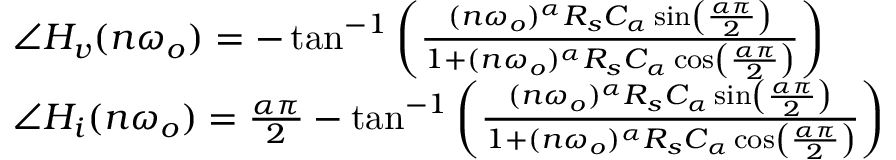
\begin{array} { r l } & { \angle H _ { v } ( n \omega _ { o } ) = - \tan ^ { - 1 } \left( \frac { ( n \omega _ { o } ) ^ { \alpha } R _ { s } C _ { \alpha } \sin \left( \frac { \alpha \pi } { 2 } \right) } { 1 + ( n \omega _ { o } ) ^ { \alpha } R _ { s } C _ { \alpha } \cos \left( \frac { \alpha \pi } { 2 } \right) } \right) } \\ & { \angle H _ { i } ( n \omega _ { o } ) = \frac { \alpha \pi } { 2 } - \tan ^ { - 1 } \left( \frac { ( n \omega _ { o } ) ^ { \alpha } R _ { s } C _ { \alpha } \sin \left( \frac { \alpha \pi } { 2 } \right) } { 1 + ( n \omega _ { o } ) ^ { \alpha } R _ { s } C _ { \alpha } \cos \left( \frac { \alpha \pi } { 2 } \right) } \right) } \end{array}